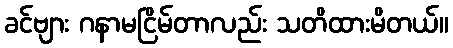
ခင်ဗျား ဂနာမငြိမ်တာလည်း သတိထားမိတယ်။